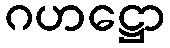
ဂဟဋ္ဌော